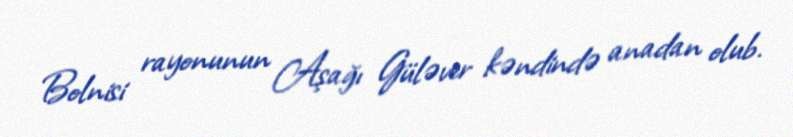
Bolnisi rayonunun Aşağı Güləver kəndində anadan olub.